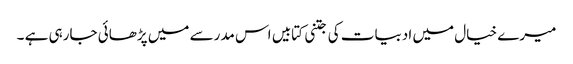
میرے خیال میں ادبیات کی جتنی کتابیں اس مدرسے میں پڑھائی جارہی ہے ۔